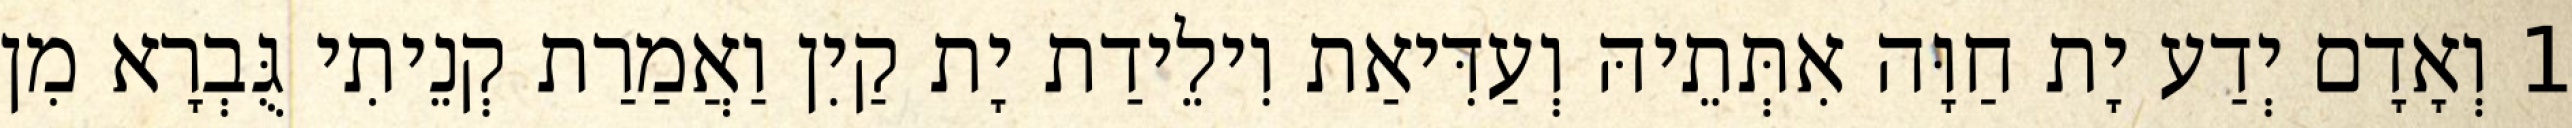
1 וְאָדָם יְדַע יָת חַוָּה אִתְּתֵיהּ וְעַדִּיאַת וִילֵידַת יָת קַיִן וַאֲמַרַת קְנֵיתִי גֻּבְרָא מִן